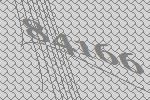
84166